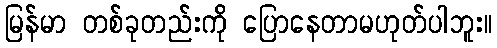
မြန်မာ တစ်ခုတည်းကို ပြောနေတာမဟုတ်ပါဘူး။